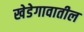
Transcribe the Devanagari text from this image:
खेडेगावातील